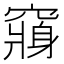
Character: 𮄕